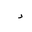
Letter: _dal